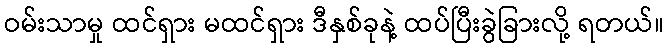
ဝမ်းသာမှု ထင်ရှား မထင်ရှား ဒီနှစ်ခုနဲ့ ထပ်ပြီးခွဲခြားလို့ ရတယ်။